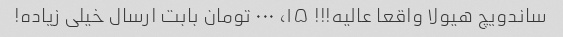
ساندویچ هیولا واقعا عالیه!!! ۱۵، ۰۰۰ تومان بابت ارسال خیلی زیاده!